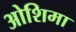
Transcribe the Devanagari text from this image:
ओशिमा